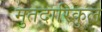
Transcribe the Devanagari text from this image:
मुतदारिकुल